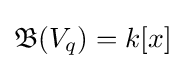
{\mathfrak {B}}(V_{q})=k[x]